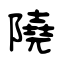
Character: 隢